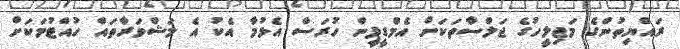
ރައްޔިތުންގެ މަޖިލީހުގެ ޖަލްސާތަކަށް އެމްޑީޕީން ހުރަސް އެޅުމާ އެކު އެ މަޝްވަރާތައް ހުއްޓުމަކަށް